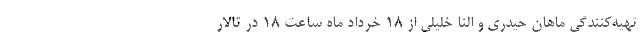
تهیه‌کنندگی ماهان ‌حیدری و النا خلیلی از 18 خرداد ماه ساعت 18 در تالار